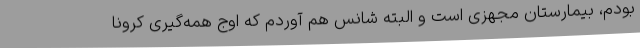
بودم، بیمارستان مجهزی است و البته شانس هم آوردم که اوج همه‌گیری کرونا